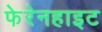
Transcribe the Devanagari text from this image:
फेरेनहाइट